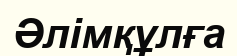
Әлімқұлға